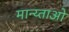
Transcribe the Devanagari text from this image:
मान्य्ताओ